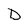
Character: D